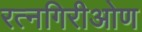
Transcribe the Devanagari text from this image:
रत्नगिरीओण